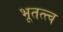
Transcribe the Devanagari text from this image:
भूतत्त्व